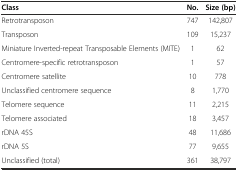
| Class | No. | Size (bp) |
 | --- | --- | --- |
 | Retrotransposon | 747 | 142,807 |
 | Transposon | 109 | 15,237 |
 | Miniature Inverted-repeat Transposable Elements (MITE) | 1 | 62 |
 | Centromere-specific retrotransposon | 1 | 57 |
 | Centromere satellite | 10 | 778 |
 | Unclassified centromere sequence | 8 | 1,770 |
 | Telomere sequence | 11 | 2,215 |
 | Telomere associated | 18 | 3,457 |
 | rDNA 45S | 48 | 11,686 |
 | rDNA 5S | 77 | 9,655 |
 | Unclassified (total) | 361 | 38,797 |